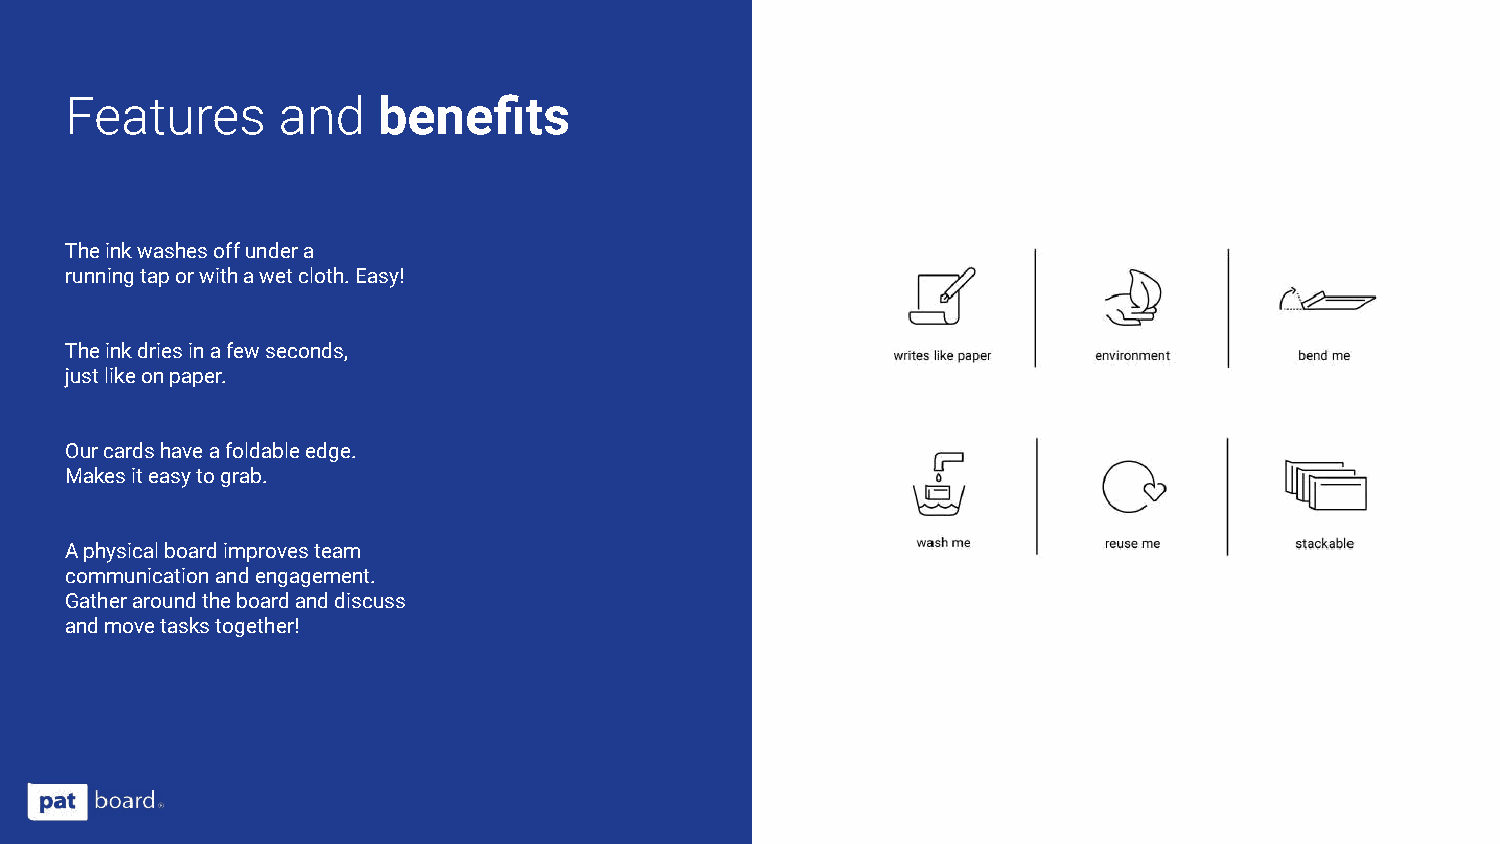
Features      and    benefits
 The ink washes off under a
 running tap or with a wet cloth. Easy!
 The ink dries in a few seconds,
 just like on paper.
 Our cards have a foldable edge.
 Makes it easy to grab.
 A physical board improves team
 communication and engagement.
 Gather around the board and discuss
 and move tasks together!